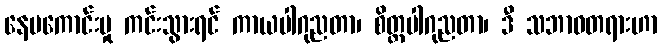
နေမကောင်းမှု ကင်းသွားရင် ကာယပါဂုညတာ၊ စိတ္တပါဂုညတာ၊ ဒီ သဘာဝတရားဟာ